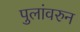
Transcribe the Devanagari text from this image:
पुलांवरुन